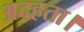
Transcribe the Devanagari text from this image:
अदहता।